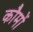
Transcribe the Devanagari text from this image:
कौमों